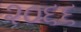
૨૦૬૬